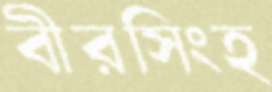
বীরসিংহ